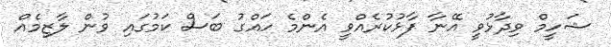
ޝަހީމް ވިދާޅުވީ އޭނާ ފާޅުކުރެއްވީ އެންމެ ހައްގު ބަސް ކަމުގައި ވުން ލާޒިމެއް